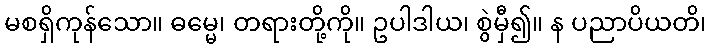
မစရှိကုန်သော။ ဓမ္မေ၊ တရားတို့ကို။ ဥပါဒါယ၊ စွဲမှီ၍။ န ပညာပိယတိ၊